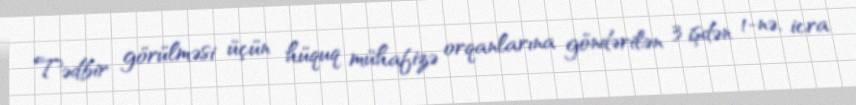
Tədbir görülməsi üçün hüquq mühafizə orqanlarına göndərilən 3 işdən 1-nə, icra